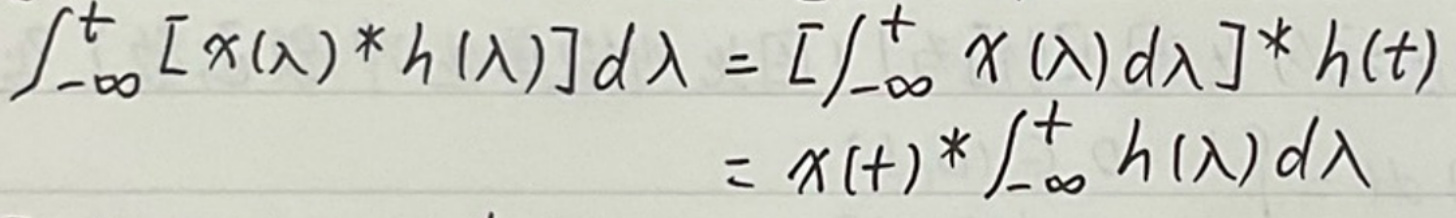
\[
\int_{-\infty}^{t}[x(\lambda) * h(\lambda)]d\lambda = \left[\int_{-\infty}^{t}x(\lambda)d\lambda\right] * h(t)=x(t) * \int_{-\infty}^{t}h(\lambda)d\lambda
\]